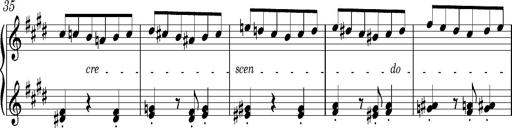
Title: Valses oubliÃ©es
Composer: Franz Liszt